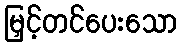
မြှင့်တင်ပေးသော